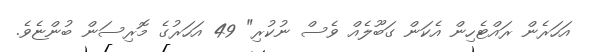
އަހަރެން ރައްޓެހިން އެކަން ގަބޫލެއް ވެސް ނުކުރި" 49 އަހަރުގެ މޮރިސަން ބުންޏެވެ.